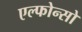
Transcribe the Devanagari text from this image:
एल्फोन्सो